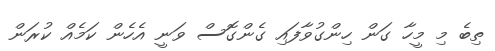
ތިބެ މި މީހާ ގަން ހިންގުވާފައި ގެންގޮސް ވަނީ އެހެން ކަމެއް ކުރަން